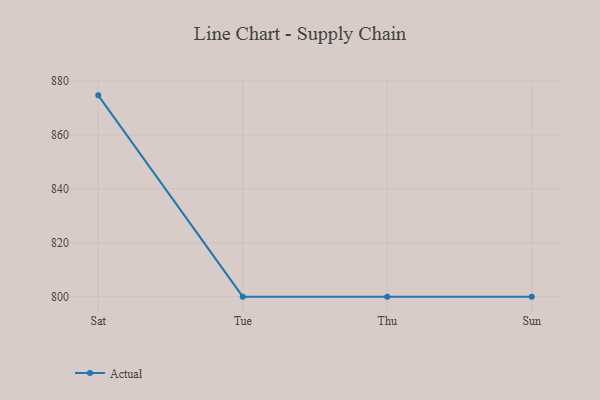
{"axis": {"x": "Day", "y": "Churn Rate (%)"}, "legend": ["Actual"], "data": [{"x": "Sat", "y": 874.7, "type": "Actual"}, {"x": "Tue", "y": 800, "type": "Actual"}, {"x": "Thu", "y": 800, "type": "Actual"}, {"x": "Sun", "y": 800, "type": "Actual"}]}